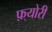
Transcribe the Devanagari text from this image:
फ़्योरी